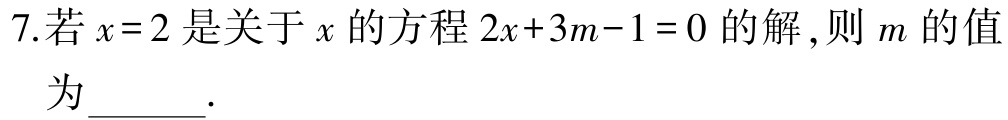
7.若\(x = 2\)是关于\(x\)的方程\(2x + 3m - 1 = 0\)的解，则\(m\)的值为______.